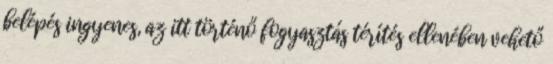
belépés ingyenes, az itt történő fogyasztás térítés ellenében vehető